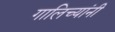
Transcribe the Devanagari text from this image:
गालिच्यांनी